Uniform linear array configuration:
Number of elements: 32
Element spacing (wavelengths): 0.5
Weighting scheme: blackman
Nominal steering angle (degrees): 60
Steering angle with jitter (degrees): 61.785
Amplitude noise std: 0.05
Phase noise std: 0.05

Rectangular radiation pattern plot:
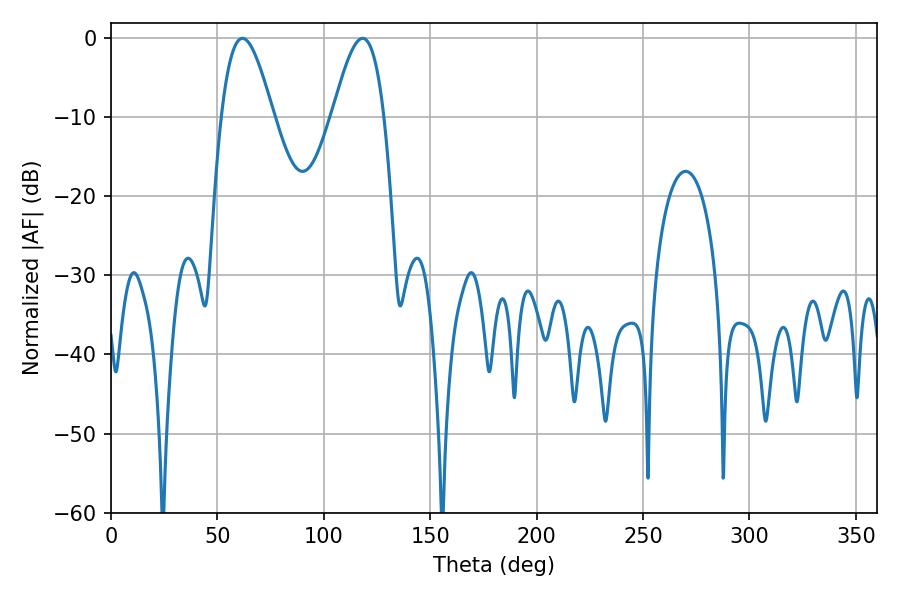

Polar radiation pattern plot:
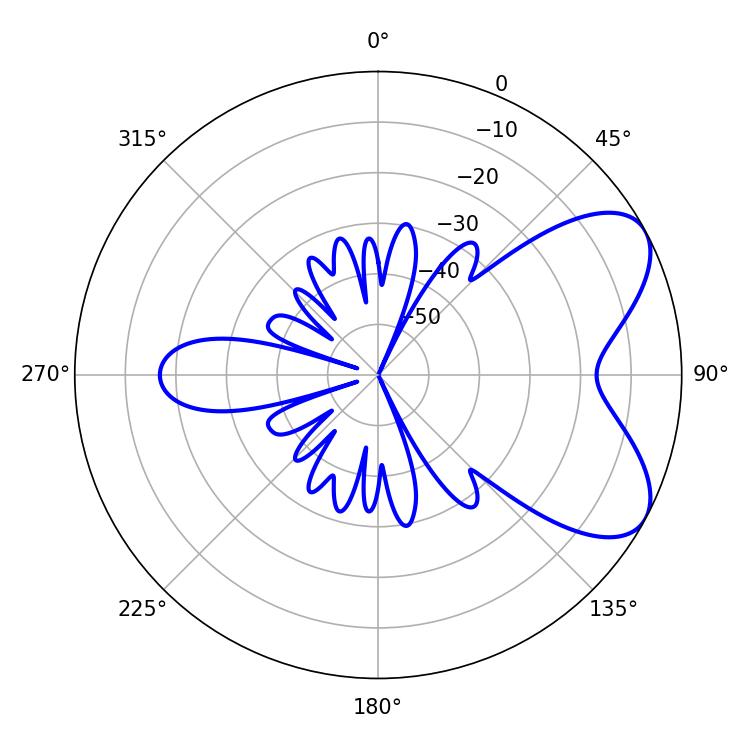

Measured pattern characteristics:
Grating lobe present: FALSE
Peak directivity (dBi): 6.494
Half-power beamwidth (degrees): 12.96
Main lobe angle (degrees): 61.74